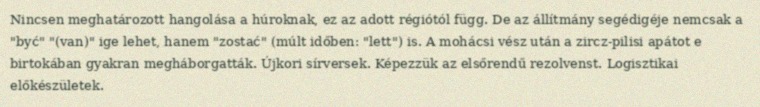
Nincsen meghatározott hangolása a húroknak, ez az adott régiótól függ. De az állítmány segédigéje nemcsak a "być" "(van)" ige lehet, hanem "zostać" (múlt időben: "lett") is. A mohácsi vész után a zircz-pilisi apátot e birtokában gyakran megháborgatták. Újkori sírversek. Képezzük az elsőrendű rezolvenst. Logisztikai előkészületek.